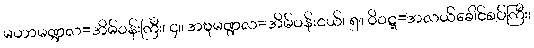
မဟာမဏ္ဍလ=အိမ်ဝန်းကြီး၊ ၄။ အဍ္ဎမဏ္ဍလ=အိမ်ဝန်းငယ်၊ ၅။ ဝိဝဋ္ဋ=အလယ်ခေါင်စပ်ကြီး၊